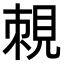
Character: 𧠵